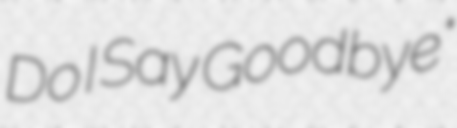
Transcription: Do I Say Goodbye"